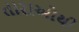
તારાઓથી